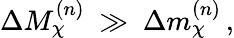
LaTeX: \Delta M_{\chi}^{(n)}\ \gg\ \Delta m_{\chi}^{(n)}\, ,